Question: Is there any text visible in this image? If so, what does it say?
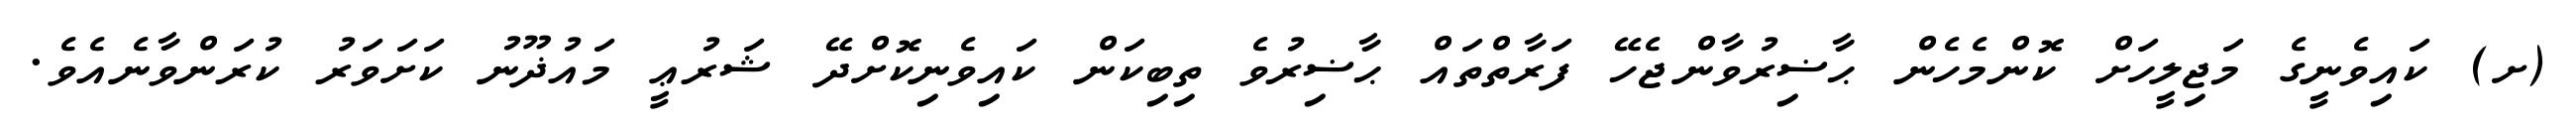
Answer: (ށ) ކައިވެނީގެ މަޖިލީހަށް ކޮންމެހެން ޙާޟިރުވާންޖެހޭ ފަރާތްތައް ޙާޟިރުވެ ތިބިކަން ކައިވެނިކޮށްދޭ ޝަރުޢީ މައުޛޫނު ކަށަވަރު ކުރަންވާނެއެވެ.